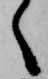
く